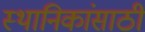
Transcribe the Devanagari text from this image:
स्थानिकांसाठी